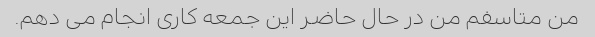
من متاسفم من در حال حاضر این جمعه کاری انجام می دهم.